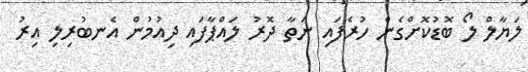
ލަޔާލް ލޯ ބޮޑުކޮށްގެން ހުރެފައި ނަތާ ދޮރު ލައްޕާފައި ދިއުމުން އެނބުރިލި އިރު